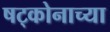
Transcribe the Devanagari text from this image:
षट्कोनाच्या